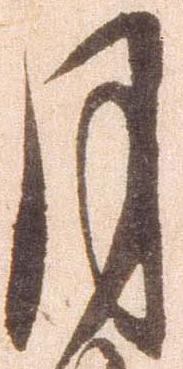
月